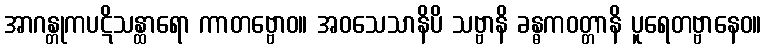
အာဂန္တုကပဋိသန္ထာရော ကာတဗ္ဗောဝ။ အဝသေသာနိပိ သဗ္ဗာနိ ခန္ဓကဝတ္တာနိ ပူရေတဗ္ဗာနေဝ။